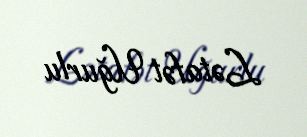
Lətafət Uğurlu